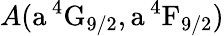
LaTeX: A(\mathrm{a\, ^{4}G_{9/2},a\, ^{4}F_{9/2}})